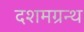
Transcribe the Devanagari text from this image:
दशमग्रन्थ